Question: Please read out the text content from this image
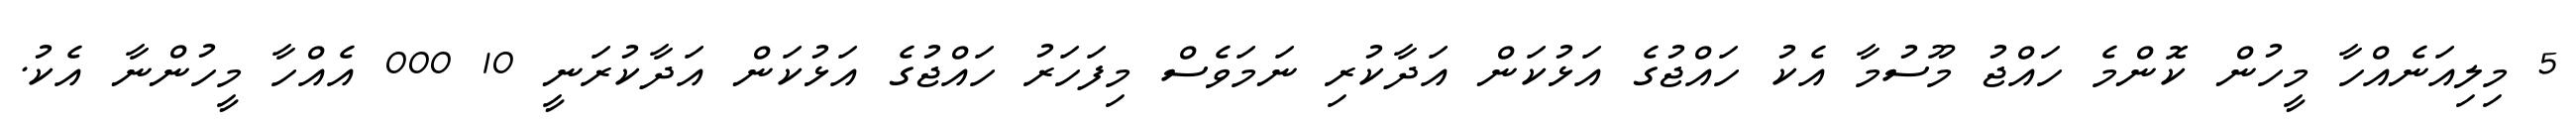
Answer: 5 މިލިއަނެއްހާ މީހުން ކޮންމެ ހައްޖު މޫސުމާ އެކު ހައްޖުގެ އަޅުކަން އަދާކުރި ނަމަވެސް މިފަހަރު ހައްޖުގެ އަޅުކަން އަދާކުރަނީ 10 000 އެއްހާ މީހުންނާ އެކު.